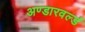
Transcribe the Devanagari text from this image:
अण्डारवर्ल्ड